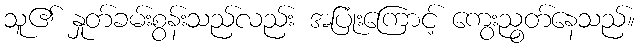
သူ၏ နှုတ်ခမ်းစွန်းသည်လည်း အပြုံးကြောင့် ကွေးညွတ်နေသည်။